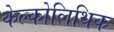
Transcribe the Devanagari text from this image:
केल्कोलिथिक